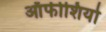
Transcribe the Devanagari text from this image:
ऑफीशियो